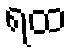
ရထ